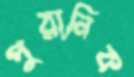
পুরানিক